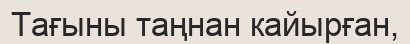
Тағыны таңнан кайырған,